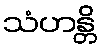
သံဟန္တိ